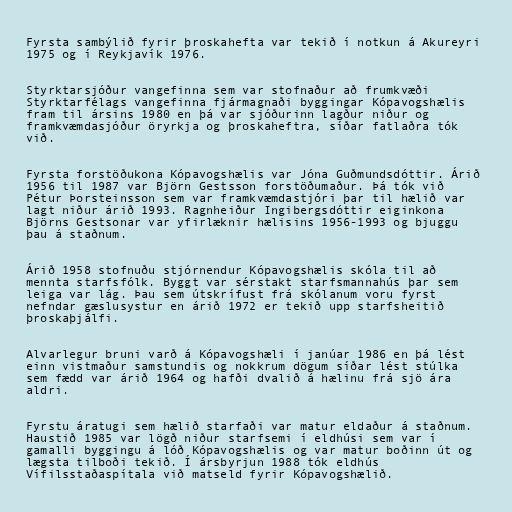
Fyrsta sambýlið fyrir þroskahefta var tekið í notkun á Akureyri
1975 og í Reykjavík 1976.

Styrktarsjóður vangefinna sem var stofnaður að frumkvæði
Styrktarfélags vangefinna fjármagnaði byggingar Kópavogshælis
fram til ársins 1980 en þá var sjóðurinn lagður niður og
framkvæmdasjóður öryrkja og þroskaheftra, síðar fatlaðra tók
við.

Fyrsta forstöðukona Kópavogshælis var Jóna Guðmundsdóttir. Árið
1956 til 1987 var Björn Gestsson forstöðumaður. Þá tók við
Pétur Þorsteinsson sem var framkvæmdastjóri þar til hælið var
lagt niður árið 1993. Ragnheiður Ingibergsdóttir eiginkona
Björns Gestsonar var yfirlæknir hælisins 1956-1993 og bjuggu
þau á staðnum.

Árið 1958 stofnuðu stjórnendur Kópavogshælis skóla til að
mennta starfsfólk. Byggt var sérstakt starfsmannahús þar sem
leiga var lág. Þau sem útskrífust frá skólanum voru fyrst
nefndar gæslusystur en árið 1972 er tekið upp starfsheitið
þroskaþjálfi.

Alvarlegur bruni varð á Kópavogshæli í janúar 1986 en þá lést
einn vistmaður samstundis og nokkrum dögum síðar lést stúlka
sem fædd var árið 1964 og hafði dvalið á hælinu frá sjö ára
aldri.

Fyrstu áratugi sem hælið starfaði var matur eldaður á staðnum.
Haustið 1985 var lögð niður starfsemi í eldhúsi sem var í
gamalli byggingu á lóð Kópavogshælis og var matur boðinn út og
lægsta tilboði tekið. Í ársbyrjun 1988 tók eldhús
Vífilsstaðaspítala við matseld fyrir Kópavogshælið.